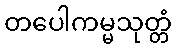
တပေါကမ္မသုတ္တံ